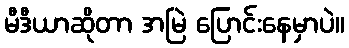
မီဒီယာဆိုတာ အမြဲ ပြောင်းနေမှာပဲ။